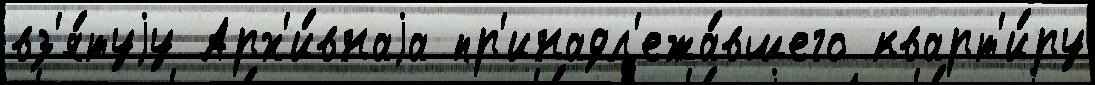
вз'я́туjу Арх'и́внаjа пр'инадл'ежа́вшего кварт'и́ру